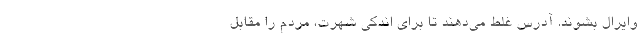
وایرال بشوند. آدرس غلط می‌دهند تا برای اندکی شهرت، مردم را مقابل